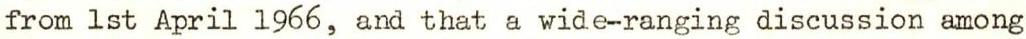
from 1st April 1966, and that a wide-ranging discussion among